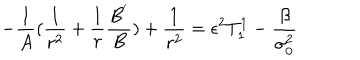
- \frac { 1 } { A } ( \frac { 1 } { r ^ { 2 } } + \frac { 1 } { r } \frac { B ^ { ' } } { B } ) + \frac { 1 } { r ^ { 2 } } = \epsilon ^ { 2 } T _ { 1 } ^ { 1 } - \frac { \beta } { \sigma _ { 0 } ^ { 2 } }